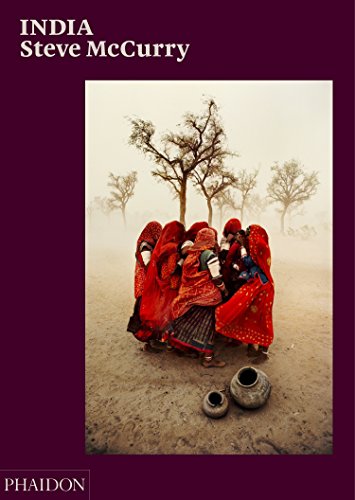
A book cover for India; Arts & Photography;